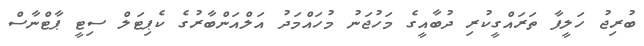
ބުރިޖު ހަލީފާ ތަރައްގީކުރި ދުބާއީގެ މަހުޖަނު މުހައްމަދު އަލްއަންބާރުގެ ކެޕިޓަލް ސިޓީ ޕާޓްނާސް